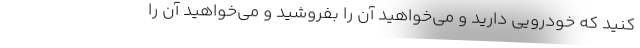
کنید که خودرویی دارید و می‌خواهید آن را بفروشید و می‌خواهید آن را